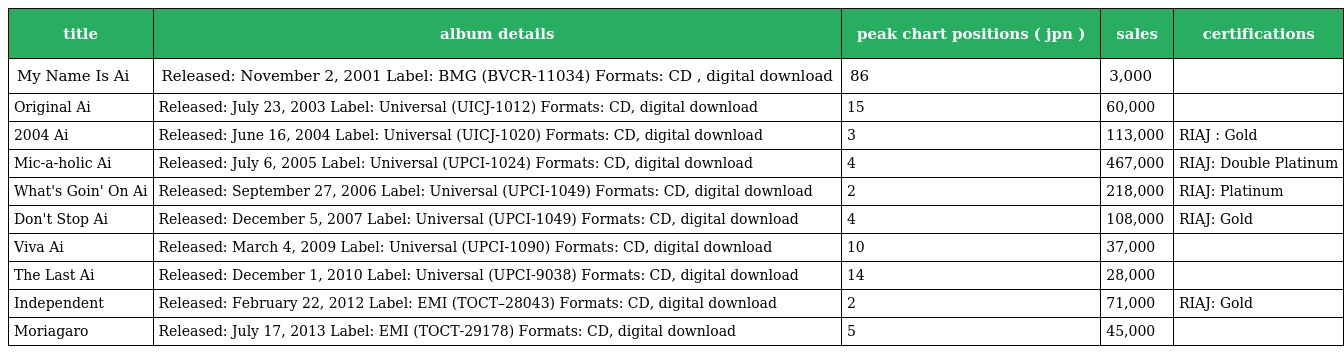
| title | album details | peak chart positions ( jpn ) | sales | certifications |
 | --- | --- | --- | --- | --- |
 | My Name Is Ai | Released: November 2, 2001 Label: BMG (BVCR-11034) Formats: CD , digital download | 86 | 3,000 |  |
 | Original Ai | Released: July 23, 2003 Label: Universal (UICJ-1012) Formats: CD, digital download | 15 | 60,000 |  |
 | 2004 Ai | Released: June 16, 2004 Label: Universal (UICJ-1020) Formats: CD, digital download | 3 | 113,000 | RIAJ : Gold |
 | Mic-a-holic Ai | Released: July 6, 2005 Label: Universal (UPCI-1024) Formats: CD, digital download | 4 | 467,000 | RIAJ: Double Platinum |
 | What's Goin' On Ai | Released: September 27, 2006 Label: Universal (UPCI-1049) Formats: CD, digital download | 2 | 218,000 | RIAJ: Platinum |
 | Don't Stop Ai | Released: December 5, 2007 Label: Universal (UPCI-1049) Formats: CD, digital download | 4 | 108,000 | RIAJ: Gold |
 | Viva Ai | Released: March 4, 2009 Label: Universal (UPCI-1090) Formats: CD, digital download | 10 | 37,000 |  |
 | The Last Ai | Released: December 1, 2010 Label: Universal (UPCI-9038) Formats: CD, digital download | 14 | 28,000 |  |
 | Independent | Released: February 22, 2012 Label: EMI (TOCT–28043) Formats: CD, digital download | 2 | 71,000 | RIAJ: Gold |
 | Moriagaro | Released: July 17, 2013 Label: EMI (TOCT-29178) Formats: CD, digital download | 5 | 45,000 |  |